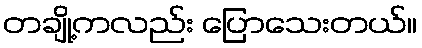
တချို့ကလည်း ပြောသေးတယ်။